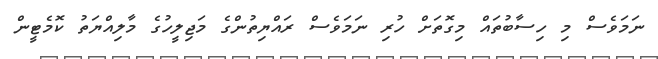
ނަމަވެސް މި ހިސާބުތައް މިގޮތަށް ހުރި ނަމަވެސް ރައްޔިތުންގެ މަޖިލީހުގެ މާލިއްޔަތު ކޮމެޓީން